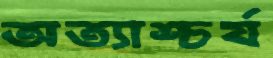
অত্যাশ্চর্য